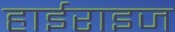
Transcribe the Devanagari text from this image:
हाईराइज